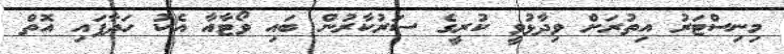
މިނިސްޓަރު އިތުރަށް ވިދާޅުވީ ކުރީގެ ސަރުކާރުން ބައި ވޯޓާއާ އެކު ހަދާފައި އޮތް